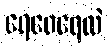
ရေဝေရေလဲ